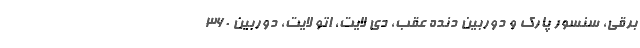
برقی، سنسور پارک و دوربین دنده عقب، دی لایت، اتو لایت، دوربین 360